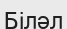
Біләл